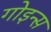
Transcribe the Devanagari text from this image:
गोइन्स